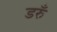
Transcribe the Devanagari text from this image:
डरुँ